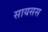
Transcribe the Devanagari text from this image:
सायसस